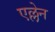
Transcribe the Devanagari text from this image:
एल्लेन